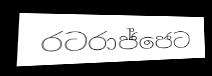
රටරාජ්ජෙට